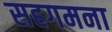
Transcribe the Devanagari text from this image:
सहगमना